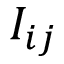
{ I _ { i j } }